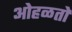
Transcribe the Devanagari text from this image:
ओहळतो